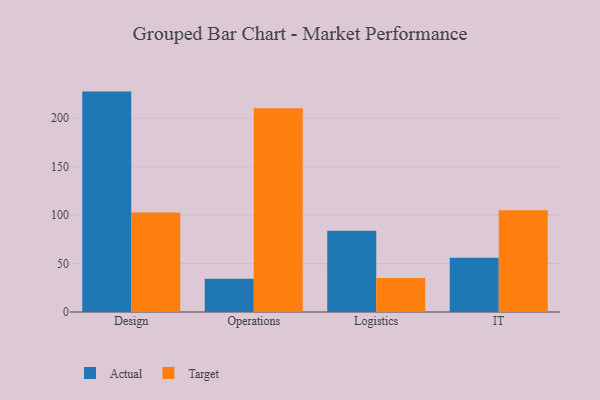
{"axis": {"x": "Department", "y": "Net Income (USD K)"}, "legend": ["Actual", "Target"], "data": [{"x": "Design", "y": 227.5, "type": "Actual"}, {"x": "Design", "y": 102.6, "type": "Target"}, {"x": "Operations", "y": 34.2, "type": "Actual"}, {"x": "Operations", "y": 210.3, "type": "Target"}, {"x": "Logistics", "y": 83.8, "type": "Actual"}, {"x": "Logistics", "y": 35.1, "type": "Target"}, {"x": "IT", "y": 56.0, "type": "Actual"}, {"x": "IT", "y": 104.9, "type": "Target"}]}